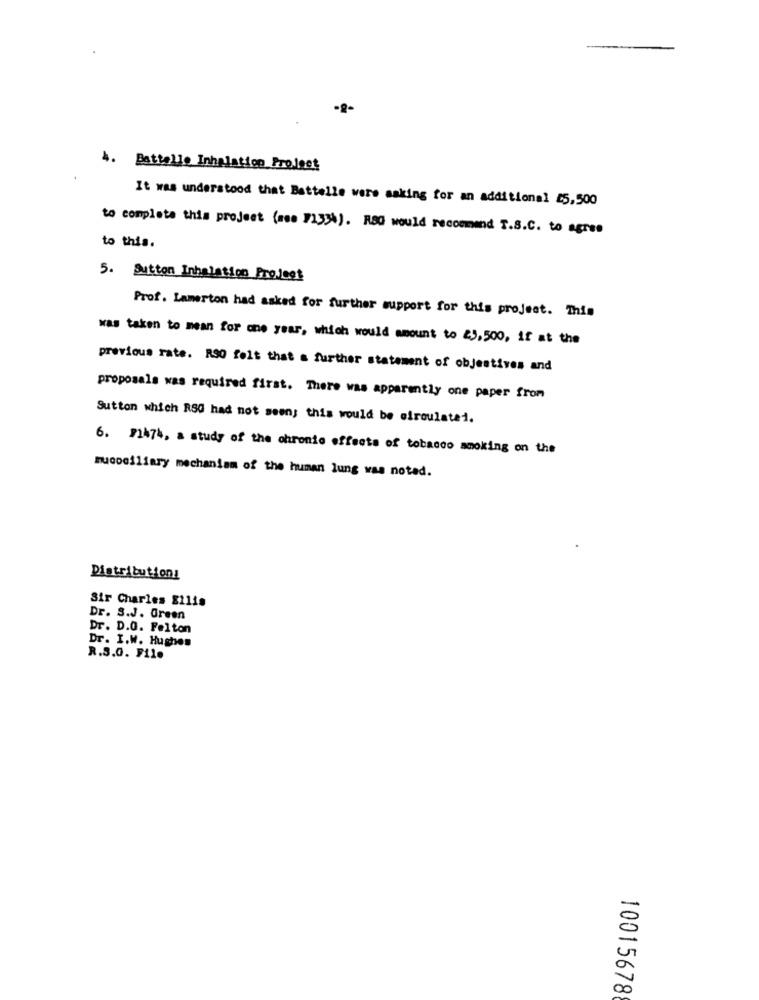
4. Battelle Inhalation Project
It was understood that Battelle were asking for an additional $5,500
to complete this project (mee 713%). R80 would recommend T.S.C. to agres
to this.
5. Button Inhalation Project
Prof. Lamerton had asked for further support for this project. This
was taken to mean for one year, which would amount to 23,500, if at the
previous rate. R30 felt that a further statement of objectives and
proposals was required first. There was apparently one paper from
Sutton which RSG had not seen; this would be eiroulated.
6. 1474, a study of the chronic effects of tobacco smoking on the
mucociliary mechanism of the human lung was noted.
Distributionz
Sir Charles Ellis
Dr. S.J. Green
Dr. D.O. Felton
Dr. I.W. Hughes
R.S.O. File
10015678